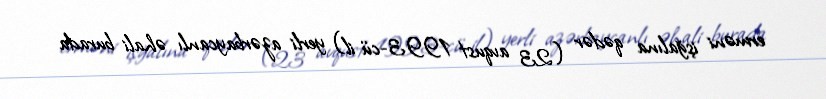
erməni işğalına qədər (23 avqust 1993-cü il) yerli azərbaycanlı əhali burada